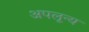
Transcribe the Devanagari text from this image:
अपलून्य